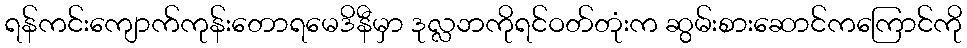
ရန်ကင်းကျောက်ကုန်းတောရမေဒိနီမှာ ဒုလ္လဘကိုရင်ဝတ်တုံးက ဆွမ်းစားဆောင်ကကြောင်ကို